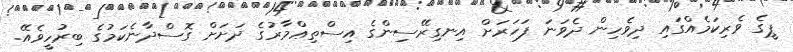
ޕީގެ ވެރިކަމެއްގައި ދިވެހިން ދެވަނަ ފަހަރަށް އިނގިރޭސިންގެ އިސްތިޢްމާރުގެ ދަށަށް ގޮސްދާނެކަމުގެ ބިރުހީވެއޭ.